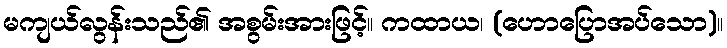
မကျယ်လွန်းသည်၏ အစွမ်းအားဖြင့်။ ကထာယ၊ (ဟောပြောအပ်သော)။